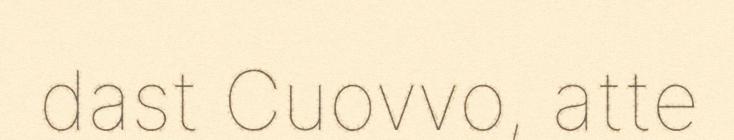
dast Cuovvo, atte